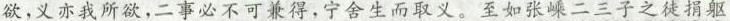
欲，义亦我所欲，二事必不可兼得，宁舍生而取义。至如张嵊二三子之徒捐躯